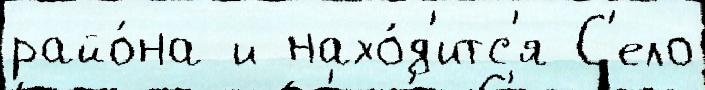
райо́на и нахо́д'итс'я С'ело